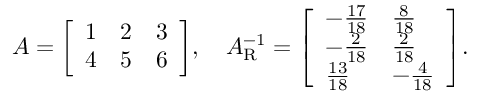
A = { \left[ \begin{array} { l l l } { 1 } & { 2 } & { 3 } \\ { 4 } & { 5 } & { 6 } \end{array} \right] } , \quad A _ { \mathrm { R } } ^ { - 1 } = { \left[ \begin{array} { l l } { - { \frac { 1 7 } { 1 8 } } } & { { \frac { 8 } { 1 8 } } } \\ { - { \frac { 2 } { 1 8 } } } & { { \frac { 2 } { 1 8 } } } \\ { { \frac { 1 3 } { 1 8 } } } & { - { \frac { 4 } { 1 8 } } } \end{array} \right] } .